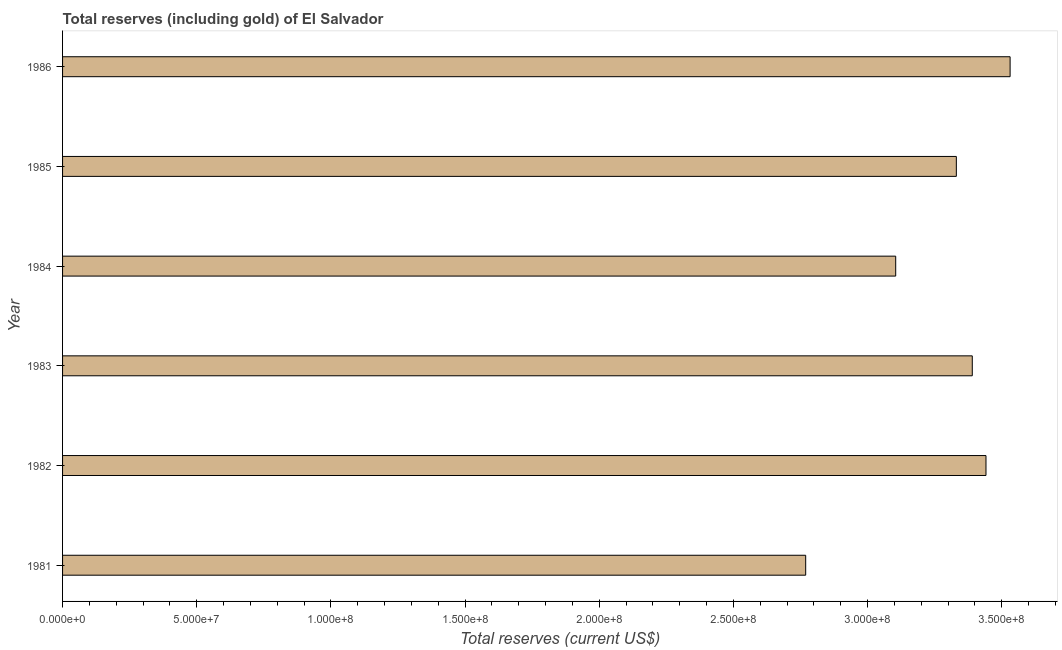
| Year | Total reserves (includes gold |
 | --- | --- |
 | 1981 | 2.77e+08 |
 | 1982 | 3.44e+08 |
 | 1983 | 3.39e+08 |
 | 1984 | 3.1e+08 |
 | 1985 | 3.33e+08 |
 | 1986 | 3.53e+08 |